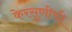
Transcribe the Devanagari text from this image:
केरसुणीची